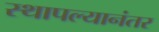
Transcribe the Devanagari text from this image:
स्थापल्यानंतर